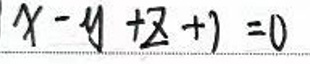
$x - y + z + 1 = 0$